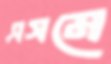
এসমে